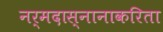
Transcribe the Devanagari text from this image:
नर्मदास्नानाकरिता